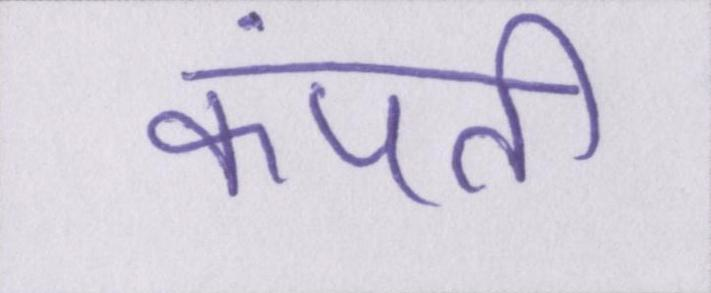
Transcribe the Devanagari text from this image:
कंपती